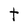
Character: t